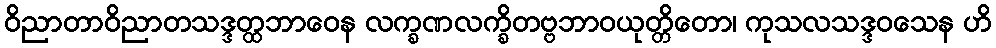
ဝိညာတာဝိညာတသဒ္ဒတ္ထဘာဝေန လက္ခဏလက္ခိတဗ္ဗဘာဝယုတ္တိတော၊ ကုသလသဒ္ဒဝသေန ဟိ